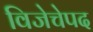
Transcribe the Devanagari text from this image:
विजेचेपद